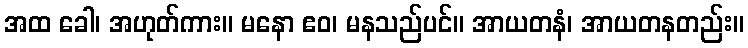
အထ ခေါ၊ အဟုတ်ကား။ မနော ဧဝ၊ မနသည်ပင်။ အာယတနံ၊ အာယတနတည်း။